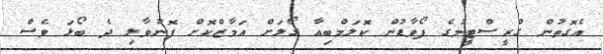
އެގޮތުން ގްރީސްޓީމުގެ ފޯވާޑުން ކޮލަމްބިއާ ގޯލަށް އަމާޒްކޮށް ފޮނުވާލި ދެ ބޯޅަ ވެސް